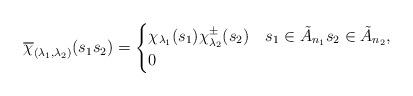
LaTeX: \begin{align*}\overline{\chi}_{(\lambda_1,\lambda_2)}(s_1s_2)=\begin{cases}\chi_{\lambda_1}(s_1)\chi^\pm_{\lambda_2}(s_2)&s_1\in\tilde{A}_{n_1}s_2\in\tilde{A}_{n_2},\\0&\end{cases}\end{align*}